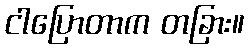
ငါပြောတာက တခြား။